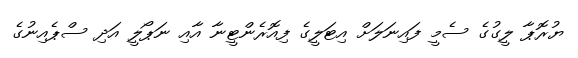
ޔުރޮޕާ ލީގުގެ ސެމީ ފައިނަލަށް އިޓަލީގެ ފިއޮރެންޓީނާ އާއި ނަޕޯލީ އަދި ސްޕެއިނުގެ